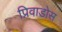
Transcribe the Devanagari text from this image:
प्रिवाडोस